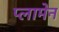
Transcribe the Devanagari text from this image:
प्लामेन